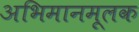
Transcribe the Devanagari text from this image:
अभिमानमूलक